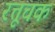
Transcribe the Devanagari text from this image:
रत्तूचक